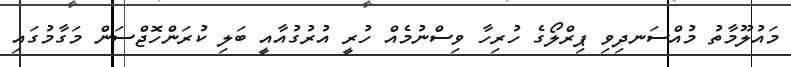
މައުލޫމާތު މުއްސަނދިވި ޕިރްލޯގެ ހުރިހާ ވިސްނުމެއް ހުރީ އުރުގުއާއީ ބަލި ކުރަންހޮޖްސަން މަގާމުގައި